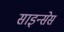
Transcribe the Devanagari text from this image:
साइन्सेस